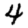
Digit: 4